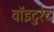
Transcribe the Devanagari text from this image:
वॉइटुरेट